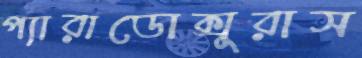
প্যারাডোক্সুরাস